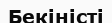
Бекіністі